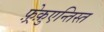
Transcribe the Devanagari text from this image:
फ़्रेक़ुएन्तिस्त